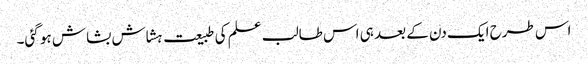
اس طرح ایک دن کے بعد ہی اس طالب علم کی طبیعت ہشاش بشاش ہو گئی۔